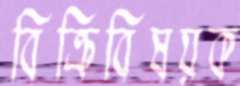
বিক্রিবিষয়ক